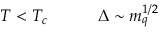
T < T _ { c } ~ ~ ~ ~ ~ ~ ~ ~ ~ \Delta \sim m _ { q } ^ { 1 / 2 }